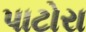
પાટોરા